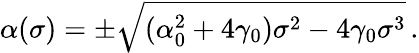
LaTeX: \alpha(\sigma)=\pm\sqrt{(\alpha_{0}^{2}+4\gamma_{0})\sigma^{2}-4\gamma_{0}\sigma^{3}}\, .